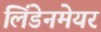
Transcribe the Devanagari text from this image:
लिंडेनमेयर